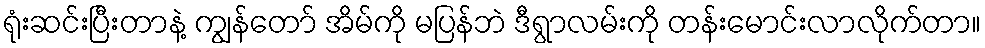
ရုံးဆင်းပြီးတာနဲ့ ကျွန်တော် အိမ်ကို မပြန်ဘဲ ဒီရွာလမ်းကို တန်းမောင်းလာလိုက်တာ။